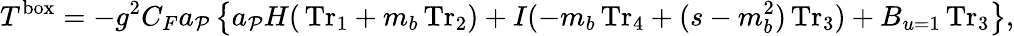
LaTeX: T^{\mathrm{box}}=-g^{2}C_{F}a_{\cal P}\left\{ a_{\cal P}H(\, \mathrm{Tr}_{1}+m_{b}\, \mathrm{Tr}_{2})+I(-m_{b}\, \mathrm{Tr}_{4}+(s-m_{b}^{2})\, \mathrm{Tr}_{3})+{B}_{u=1}\, \mathrm{Tr}_{3}\right\} ,